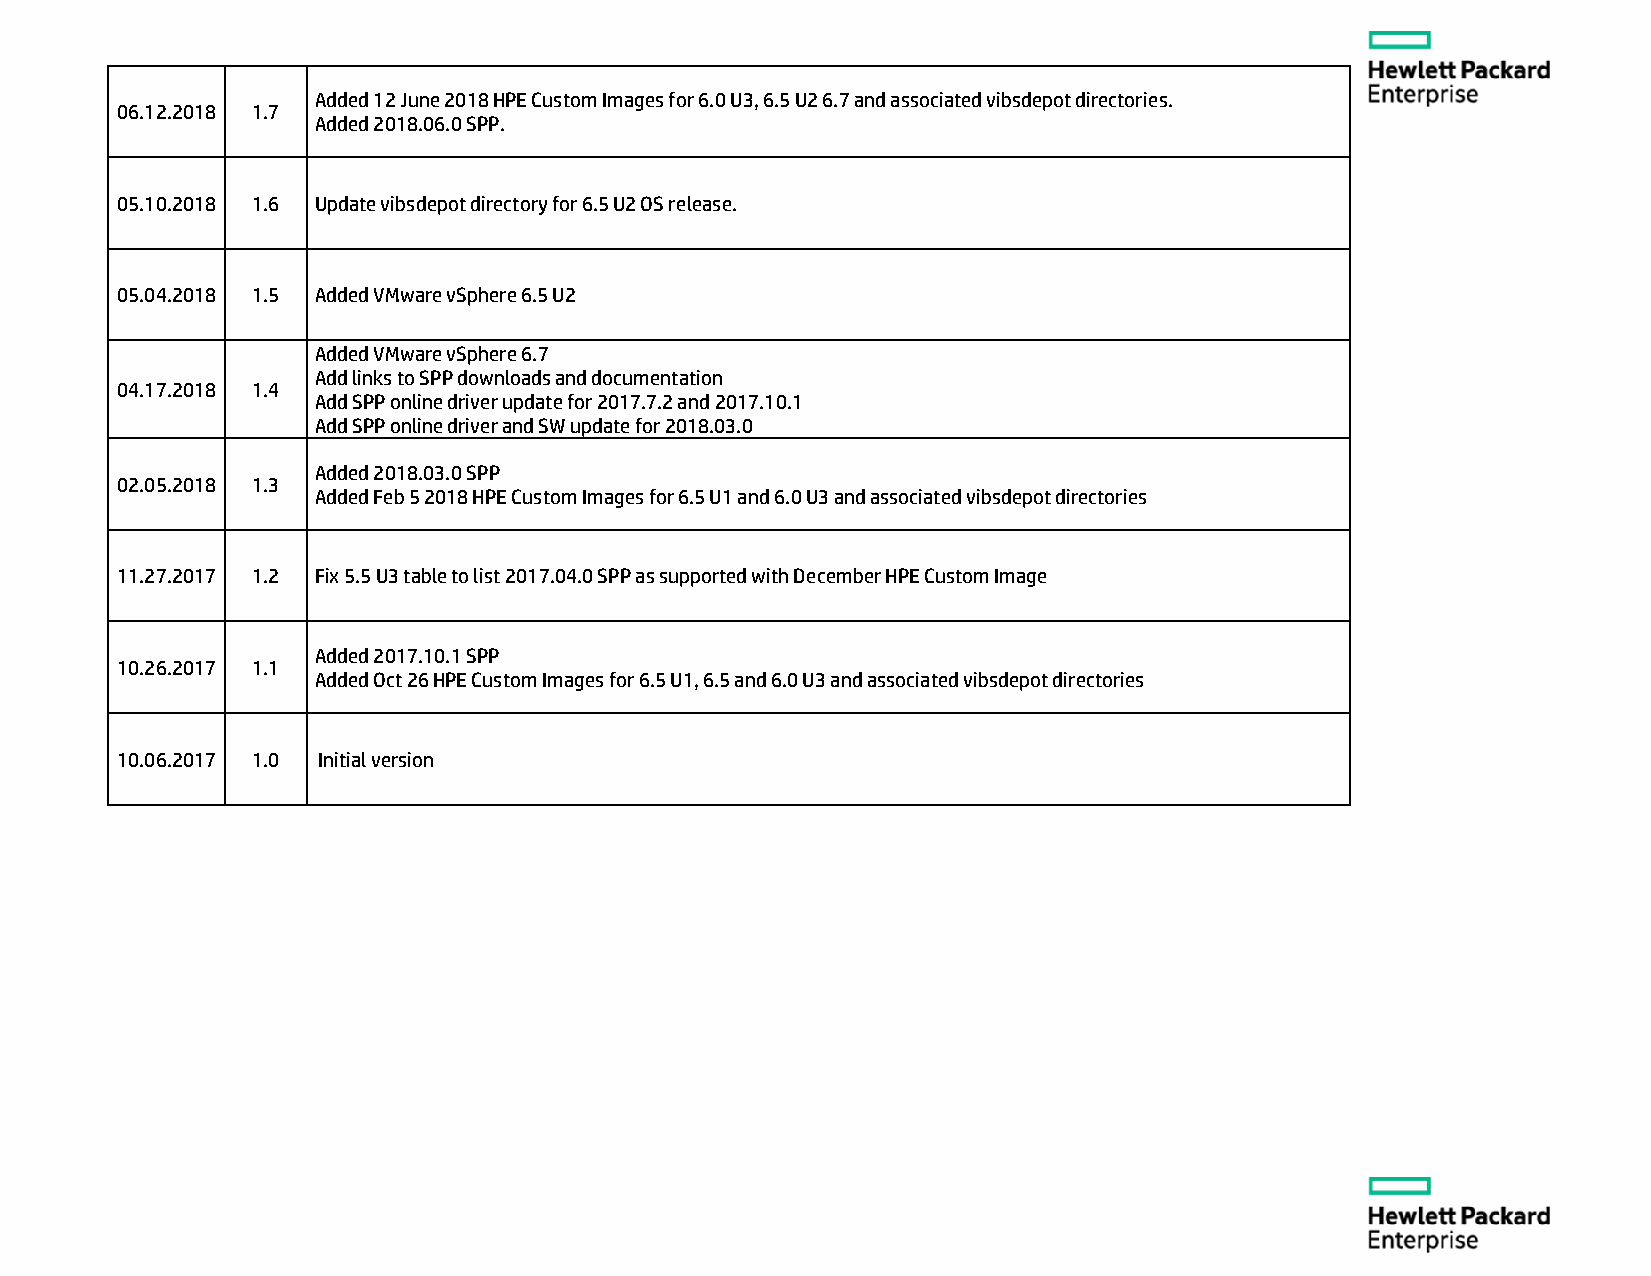
Added 12 June 2018 HPE Custom Images for 6.0 U3, 6.5 U2 6.7 and associated vibsdepot directories.
 06.12.2018 1.7
 Added 2018.06.0 SPP.
 05.10.2018 1.6 Update vibsdepot directory for 6.5 U2 OS release.
 05.04.2018 1.5 Added VMware vSphere 6.5 U2
 Added VMware vSphere 6.7
 Add links to SPP downloads and documentation
 04.17.2018 1.4
 Add SPP online driver update for 2017.7.2 and 2017.10.1
 Add SPP online driver and SW update for 2018.03.0
 Added 2018.03.0 SPP
 02.05.2018 1.3
 Added Feb 5 2018 HPE Custom Images for 6.5 U1 and 6.0 U3 and associated vibsdepot directories
 11.27.2017 1.2 Fix 5.5 U3 table to list 2017.04.0 SPP as supported with December HPE Custom Image
 Added 2017.10.1 SPP
 10.26.2017 1.1
 Added Oct 26 HPE Custom Images for 6.5 U1, 6.5 and 6.0 U3 and associated vibsdepot directories
 10.06.2017 1.0 Initial version